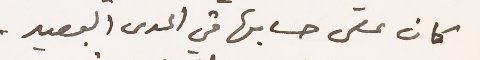
كان على حسابها في المدى البعيد.